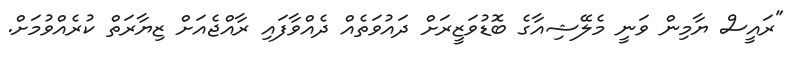
"ރައީސް ޔާމިން ވަނީ މެލޭޝިއާގެ ބޮޑުވަޒީރަށް ދައުވަތެއް ދެއްވާފައި ރާއްޖެއަށް ޒިޔާރަތް ކުރެއްވުމަށް.